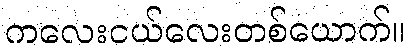
ကလေးငယ်လေးတစ်ယောက်။